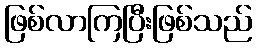
ဖြစ်လာကြပြီးဖြစ်သည်